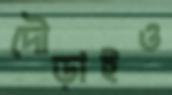
দৌড়াইও